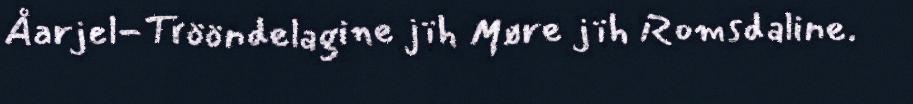
Åarjel-Trööndelagine jïh Møre jïh Romsdaline.